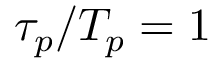
\tau _ { p } / T _ { p } = 1